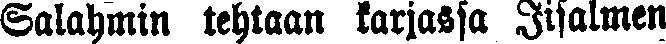
Salahmin tehtaan karjassa Iisalmen